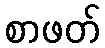
စာဖတ်